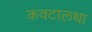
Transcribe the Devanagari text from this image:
कवटालथा